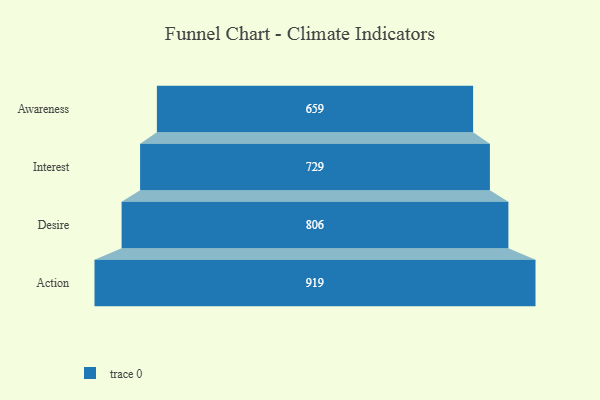
{"axis": {"x": "Stage", "y": "Value"}, "legend": [""], "data": [{"x": "Awareness", "y": 659.0, "type": ""}, {"x": "Interest", "y": 729.0, "type": ""}, {"x": "Desire", "y": 806.0, "type": ""}, {"x": "Action", "y": 919.0, "type": ""}]}